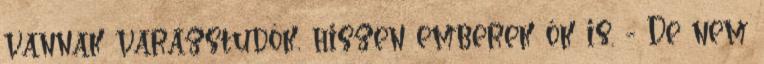
vannak varázstudók, hiszen emberek ők is. - De nem